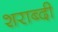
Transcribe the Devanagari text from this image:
शराब्दी